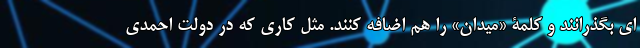
ای بگذرانند و کلمۀ «میدان» را هم اضافه کنند. مثل کاری که در دولت احمدی